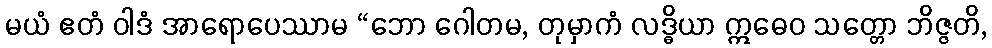
မယံ ဧတံ ဝါဒံ အာရောပေဿာမ “ဘော ဂေါတမ, တုမှာကံ လဒ္ဓိယာ ဣဓေဝ သတ္တော ဘိဇ္ဇတိ,